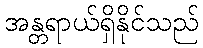
အန္တရာယ်ရှိနိုင်သည်